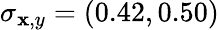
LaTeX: \sigma_{\mathbf{x},y}=(0.42,0.50)